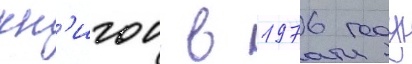
кн'игои в 1976 году